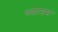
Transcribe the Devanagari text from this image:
ध्यानम